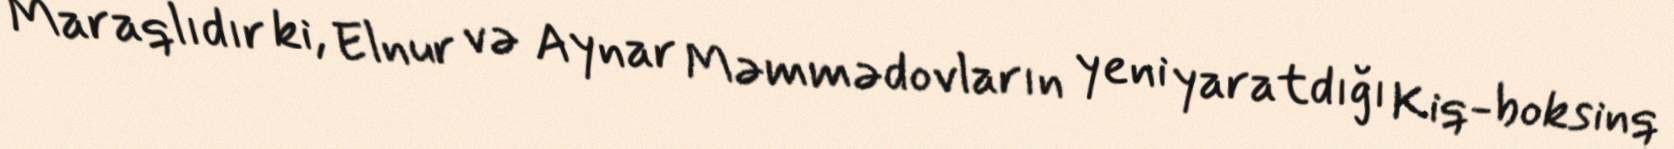
Maraqlıdır ki, Elnur və Aynar Məmmədovların yeni yaratdığı Kiq-boksinq